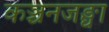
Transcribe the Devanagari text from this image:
कञ्चनजङ्घा